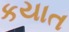
કયાત